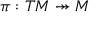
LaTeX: \pi : T M \twoheadrightarrow M